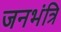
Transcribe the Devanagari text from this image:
जनभंत्रि